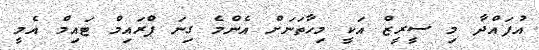
އުފައްދާ މި ސީރީޒް އަކީ މިހާތަނަށް އެންމެ ގިނަ ޕްރައިމް ޓައިމް އެމީ